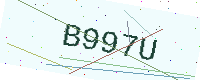
Text: B997U